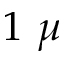
1 ~ \mu